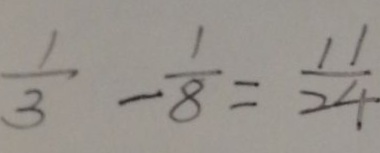
\frac { 1 } { 3 } - \frac { 1 } { 8 } = \frac { 1 1 } { 2 4 }